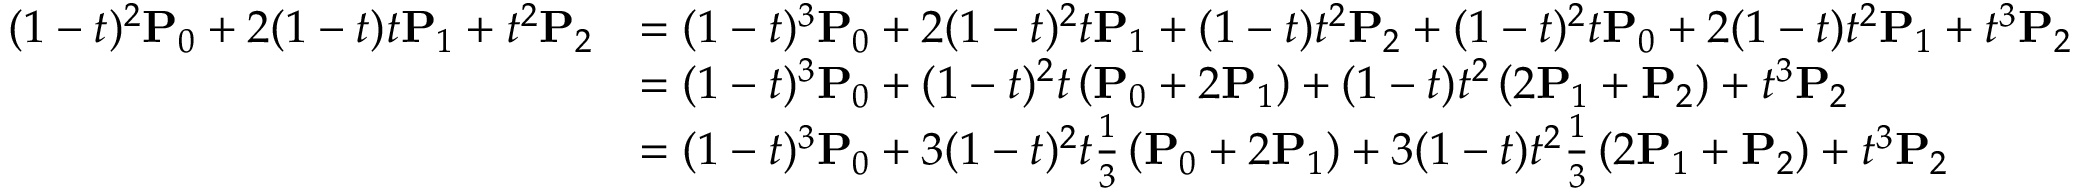
{ \begin{array} { r l } { ( 1 - t ) ^ { 2 } \mathbf { P } _ { 0 } + 2 ( 1 - t ) t \mathbf { P } _ { 1 } + t ^ { 2 } \mathbf { P } _ { 2 } } & { = ( 1 - t ) ^ { 3 } \mathbf { P } _ { 0 } + 2 ( 1 - t ) ^ { 2 } t \mathbf { P } _ { 1 } + ( 1 - t ) t ^ { 2 } \mathbf { P } _ { 2 } + ( 1 - t ) ^ { 2 } t \mathbf { P } _ { 0 } + 2 ( 1 - t ) t ^ { 2 } \mathbf { P } _ { 1 } + t ^ { 3 } \mathbf { P } _ { 2 } } \\ & { = ( 1 - t ) ^ { 3 } \mathbf { P } _ { 0 } + ( 1 - t ) ^ { 2 } t \left( \mathbf { P } _ { 0 } + 2 \mathbf { P } _ { 1 } \right) + ( 1 - t ) t ^ { 2 } \left( 2 \mathbf { P } _ { 1 } + \mathbf { P } _ { 2 } \right) + t ^ { 3 } \mathbf { P } _ { 2 } } \\ & { = ( 1 - t ) ^ { 3 } \mathbf { P } _ { 0 } + 3 ( 1 - t ) ^ { 2 } t { \frac { 1 } { 3 } } \left( \mathbf { P } _ { 0 } + 2 \mathbf { P } _ { 1 } \right) + 3 ( 1 - t ) t ^ { 2 } { \frac { 1 } { 3 } } \left( 2 \mathbf { P } _ { 1 } + \mathbf { P } _ { 2 } \right) + t ^ { 3 } \mathbf { P } _ { 2 } } \end{array} }